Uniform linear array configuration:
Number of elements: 48
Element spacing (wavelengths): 0.5
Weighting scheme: kaiser
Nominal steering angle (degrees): -30
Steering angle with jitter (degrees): -30.723
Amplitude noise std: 0.05
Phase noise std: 0.05

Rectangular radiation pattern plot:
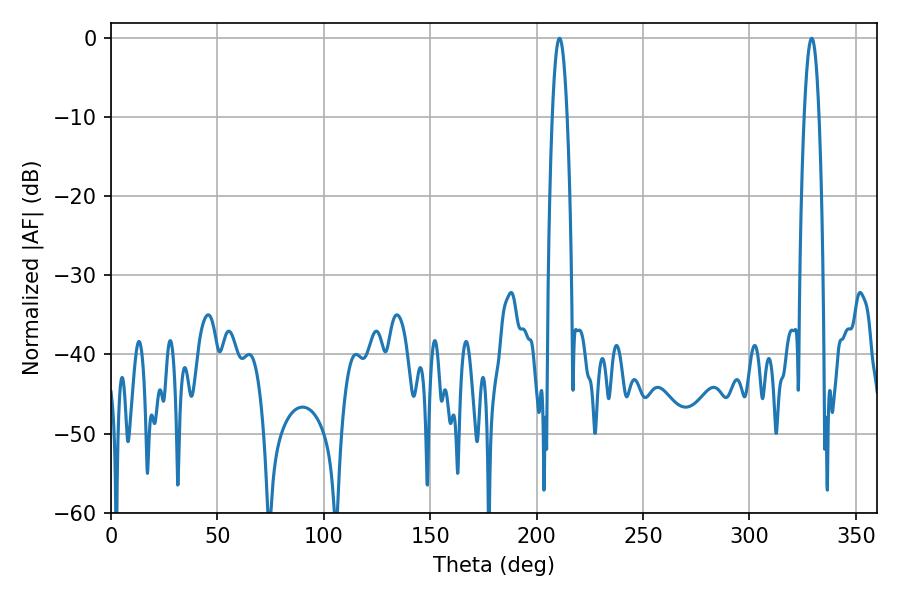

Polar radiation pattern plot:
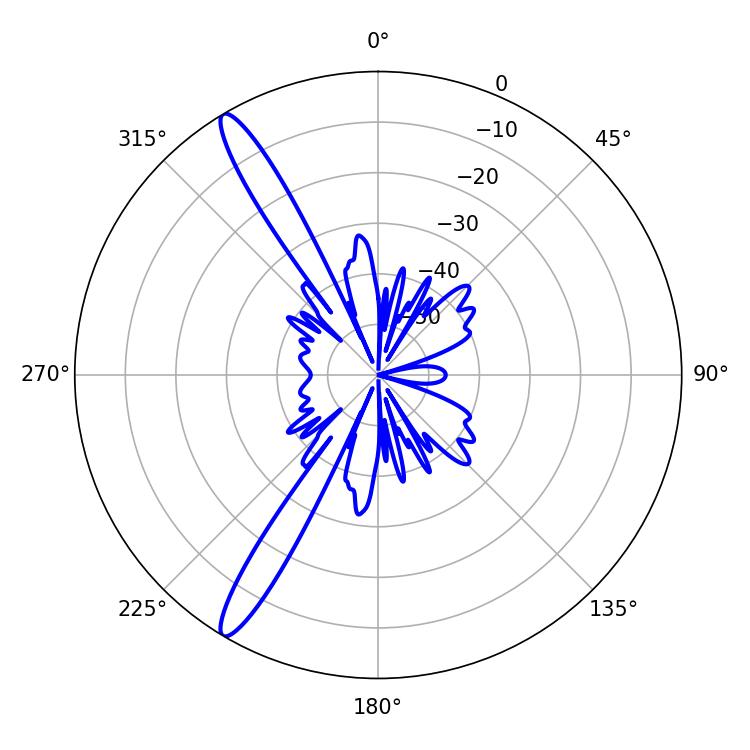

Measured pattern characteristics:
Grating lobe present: FALSE
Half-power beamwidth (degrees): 3.96
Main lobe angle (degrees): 210.78